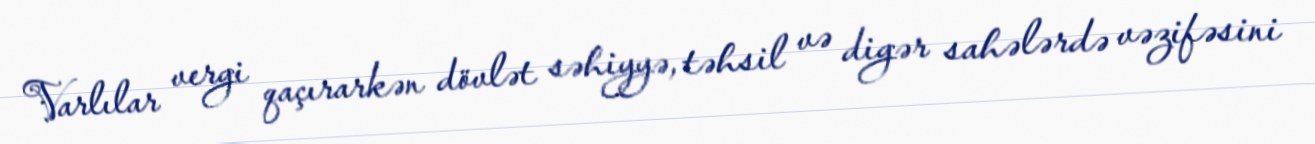
Varlılar vergi qaçırarkən dövlət səhiyyə, təhsil və digər sahələrdə vəzifəsini